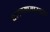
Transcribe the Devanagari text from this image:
धावण्यासारख्या